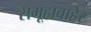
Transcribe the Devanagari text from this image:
समूहाबाहेर